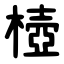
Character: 㯛